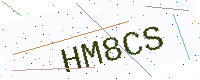
Text: HM8CS